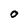
Character: O